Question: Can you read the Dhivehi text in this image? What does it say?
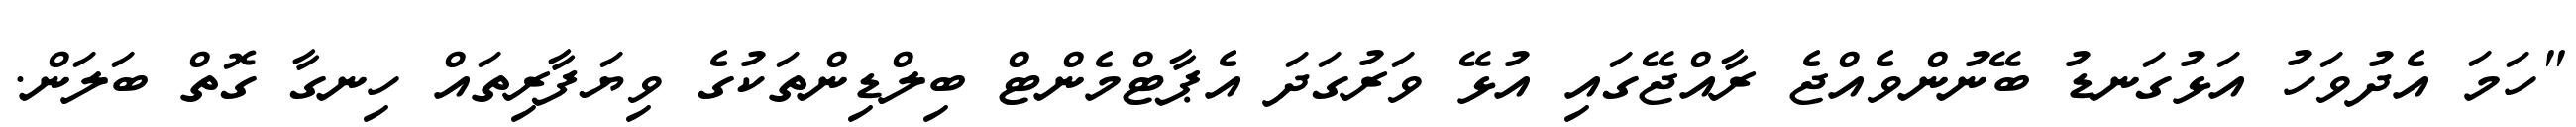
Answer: "ހަމަ އެދުވަހު އަޅުގަނޑު ބޭނުންވެއްޖެ ރާއްޖޭގައި އުޅޭ ވަރުގަދަ އެޕާޓްމެންޓް ބިލްޑިންތަކުގެ ވިޔަފާރިތައް ހިނގާ ގޮތް ބަލަން.